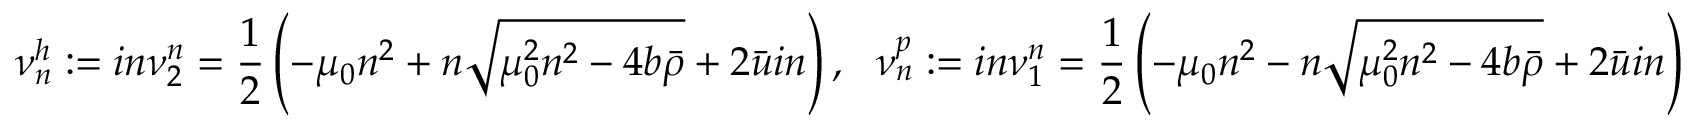
\nu _ { n } ^ { h } : = i n \nu _ { 2 } ^ { n } = \frac { 1 } { 2 } \left( - \mu _ { 0 } n ^ { 2 } + n \sqrt { \mu _ { 0 } ^ { 2 } n ^ { 2 } - 4 b \bar { \rho } } + 2 \bar { u } i n \right) , \ \ \nu _ { n } ^ { p } : = i n \nu _ { 1 } ^ { n } = \frac { 1 } { 2 } \left( - \mu _ { 0 } n ^ { 2 } - n \sqrt { \mu _ { 0 } ^ { 2 } n ^ { 2 } - 4 b \bar { \rho } } + 2 \bar { u } i n \right)